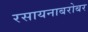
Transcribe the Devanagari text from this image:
रसायनाबरोबर